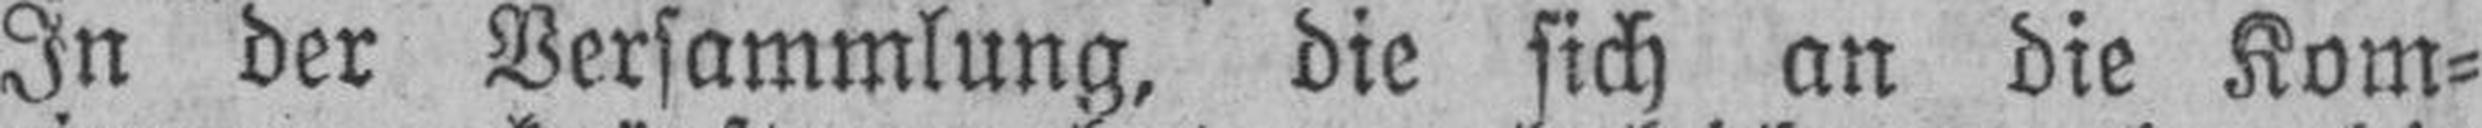
In der Versammlung, die sich an die Kom¬